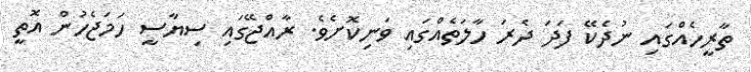
ތާރީހެއްގައި ނުދެކޭ ފަދަ ދެރަ ހާލަތެއްގައި ވަނިކޮށެވެ. ރާއްޖޭގައި ސިޔާސީ ހަމަޖެހުން އޮތީ